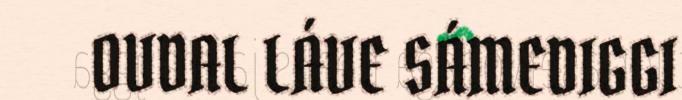
OVDAL LÁVE SÁMEDIGGI